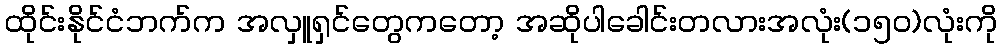
ထိုင်းနိုင်ငံဘက်က အလှူရှင်တွေကတော့ အဆိုပါခေါင်းတလားအလုံး(၁၅၀)လုံးကို